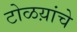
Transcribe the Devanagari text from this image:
टोळय़ांचे